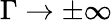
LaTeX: \Gamma\rightarrow\pm\infty